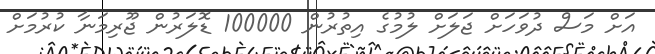
އަށް މަސް ދުވަހަށް ޖަލަށް ލުމުގެ އިތުރުން 100000 ޑޮލަރުން ޖޫރިމަނާ ކުރުމަށް